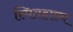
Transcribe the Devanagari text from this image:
स्पितहास्य